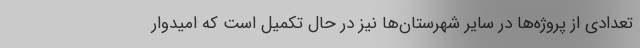
تعدادی از پروژه‌ها در سایر شهرستان‌ها نیز در حال تکمیل است که امیدوار